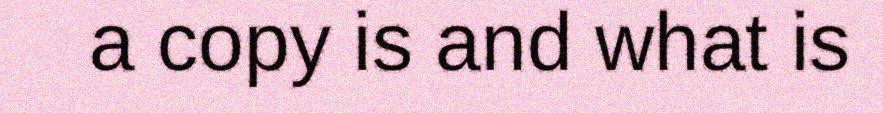
a copy is and what is